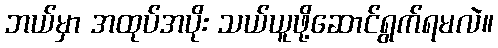
ဘယ်မှာ အထုပ်အပိုး သယ်ယူဖို့ဆောင်ရွက်ရမလဲ။